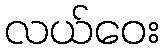
လယ်ဝေး